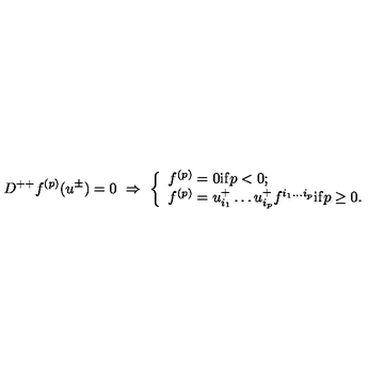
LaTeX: D ^ { + + } f ^ { ( p ) } ( u ^ { \pm } ) = 0 \ \Rightarrow \ \left\{ \begin{array} { l } { f ^ { ( p ) } = 0 \mathrm { i f } p < 0 ; } \\ { f ^ { ( p ) } = u _ { i _ { 1 } } ^ { + } \ldots u _ { i _ { p } } ^ { + } f ^ { i _ { 1 } \ldots i _ { p } } \mathrm { i f } p \geq 0 . } \\ \end{array} \right.